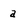
Character: a